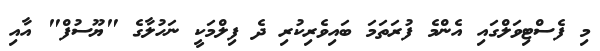
މި ފެސްޓިވަލްގައި އެންމެ ފުރަތަމަ ބައިވެރިކުރި ދެ ފިލްމަކީ ނަހުލާގެ "ޔޫސުފް" އާއި